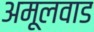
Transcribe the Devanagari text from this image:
अमूलवाड